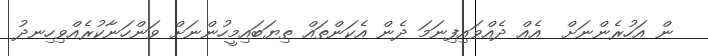
ން އަހުރެންނަށް  އެއް ދެއްވައިފިނަމަ ދެން އެކަންތައް ތިޔަބައިމީހުންނަށް ވަންހަނާކުރެއްވިހިނދު